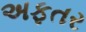
અફતર